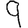
Digit: 9